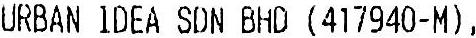
URBAN IDEA SDN BHD (417940-M),